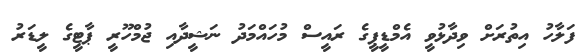
ފަލާހު އިތުރަށް ވިދާޅުވީ އެމްޑީޕީގެ ރައީސް މުހައްމަދު ނަޝީދާއި ޖުމްހޫރީ ޕާޓީގެ ލީޑަރު